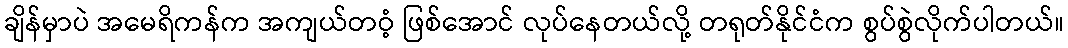
ချိန်မှာပဲ အမေရိကန်က အကျယ်တဝံ့ ဖြစ်အောင် လုပ်နေတယ်လို့ တရုတ်နိုင်ငံက စွပ်စွဲလိုက်ပါတယ်။